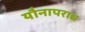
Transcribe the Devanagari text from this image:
यौनापराध